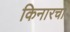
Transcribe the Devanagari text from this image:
किनारचा